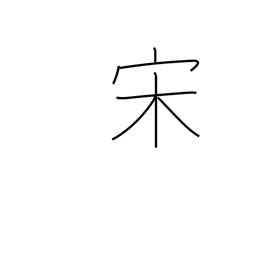
Meaning: Sung dynasty